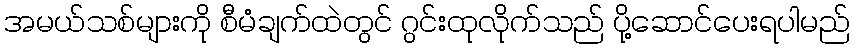
အမယ်သစ်များကို စီမံချက်ထဲတွင် ဂွင်းထုလိုက်သည် ပို့ဆောင်ပေးရပါမည်